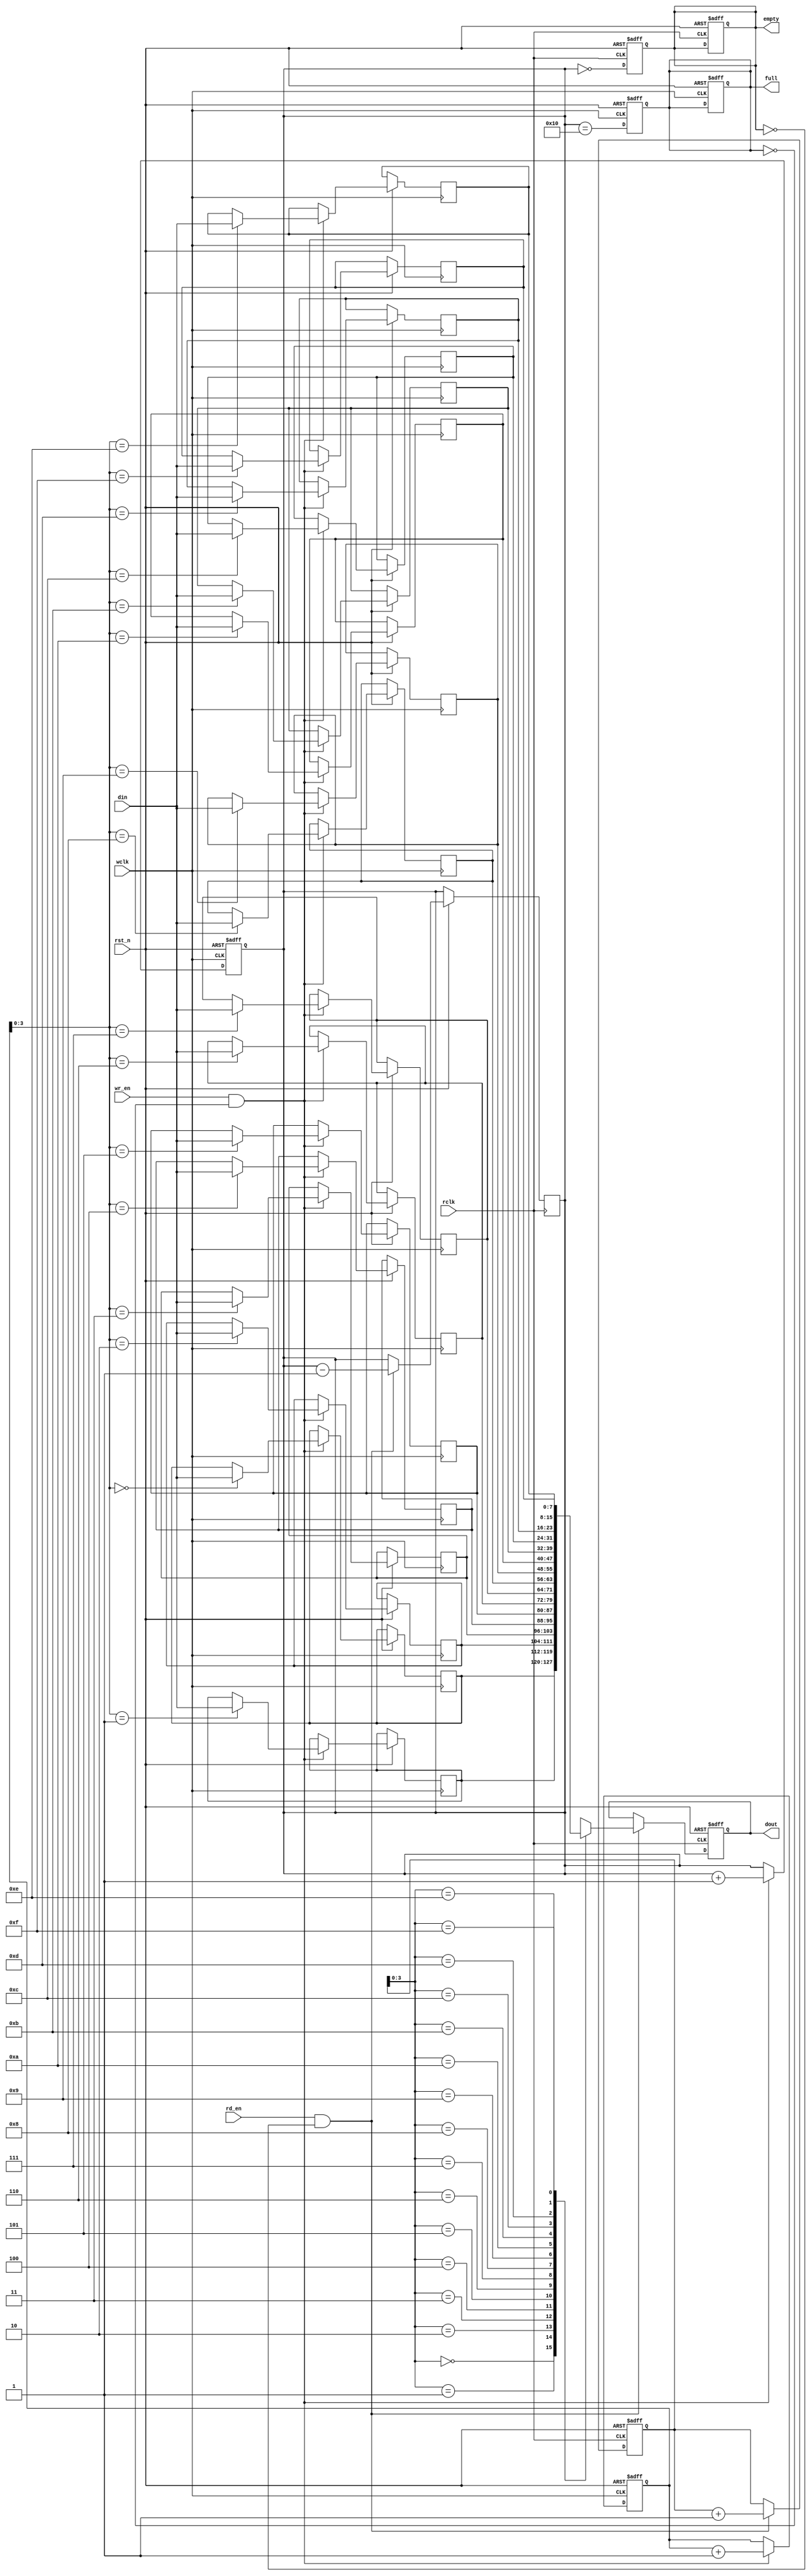
module dual_clock_fifo #(
    parameter DATA_WIDTH = 8, // Width of the data
    parameter FIFO_DEPTH = 16  // Depth of the FIFO
)(
    input wire                  wclk,      // Write clock
    input wire                  rclk,      // Read clock
    input wire                  rst_n,     // Asynchronous reset (active low)
    input wire [DATA_WIDTH-1:0] din,      // Data input
    input wire                  wr_en,     // Write enable
    input wire                  rd_en,     // Read enable
    output reg [DATA_WIDTH-1:0] dout,     // Data output
    output reg                  full,      // FIFO full flag
    output reg                  empty      // FIFO empty flag
);

    // Internal signals
    reg [DATA_WIDTH-1:0] fifo_mem [0:FIFO_DEPTH-1]; // Memory array
    reg [4:0] wptr, rptr; // Write and read pointers
    reg [4:0] wptr_sync, rptr_sync; // Synchronized pointers
    reg [4:0] fifo_count; // Number of items in FIFO

    // Asynchronous reset
    always @(posedge wclk or negedge rst_n) begin
        if (!rst_n) begin
            wptr <= 0;
            fifo_count <= 0;
            full <= 0;
        end else if (wr_en && !full) begin
            fifo_mem[wptr] <= din; // Write data
            wptr <= wptr + 1; // Increment write pointer
            fifo_count <= fifo_count + 1; // Increment item count
        end
    end

    always @(posedge rclk or negedge rst_n) begin
        if (!rst_n) begin
            rptr <= 0;
            dout <= 0;
            empty <= 1;
        end else if (rd_en && !empty) begin
            dout <= fifo_mem[rptr]; // Read data
            rptr <= rptr + 1; // Increment read pointer
            fifo_count <= fifo_count - 1; // Decrement item count
        end
    end

    // Full and empty flag logic
    always @(posedge wclk or negedge rst_n) begin
        if (!rst_n) begin
            full <= 0;
        end else begin
            full <= (fifo_count == FIFO_DEPTH);
        end
    end

    always @(posedge rclk or negedge rst_n) begin
        if (!rst_n) begin
            empty <= 1;
        end else begin
            empty <= (fifo_count == 0);
        end
    end

    // Synchronization of pointers
    always @(posedge wclk) begin
        wptr_sync <= wptr;
    end

    always @(posedge rclk) begin
        rptr_sync <= rptr;
    end

endmodule